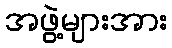
အဖွဲ့များအား